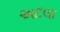
અદલા